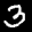
Label: 3